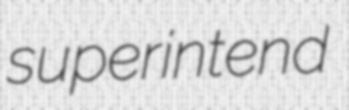
superintend